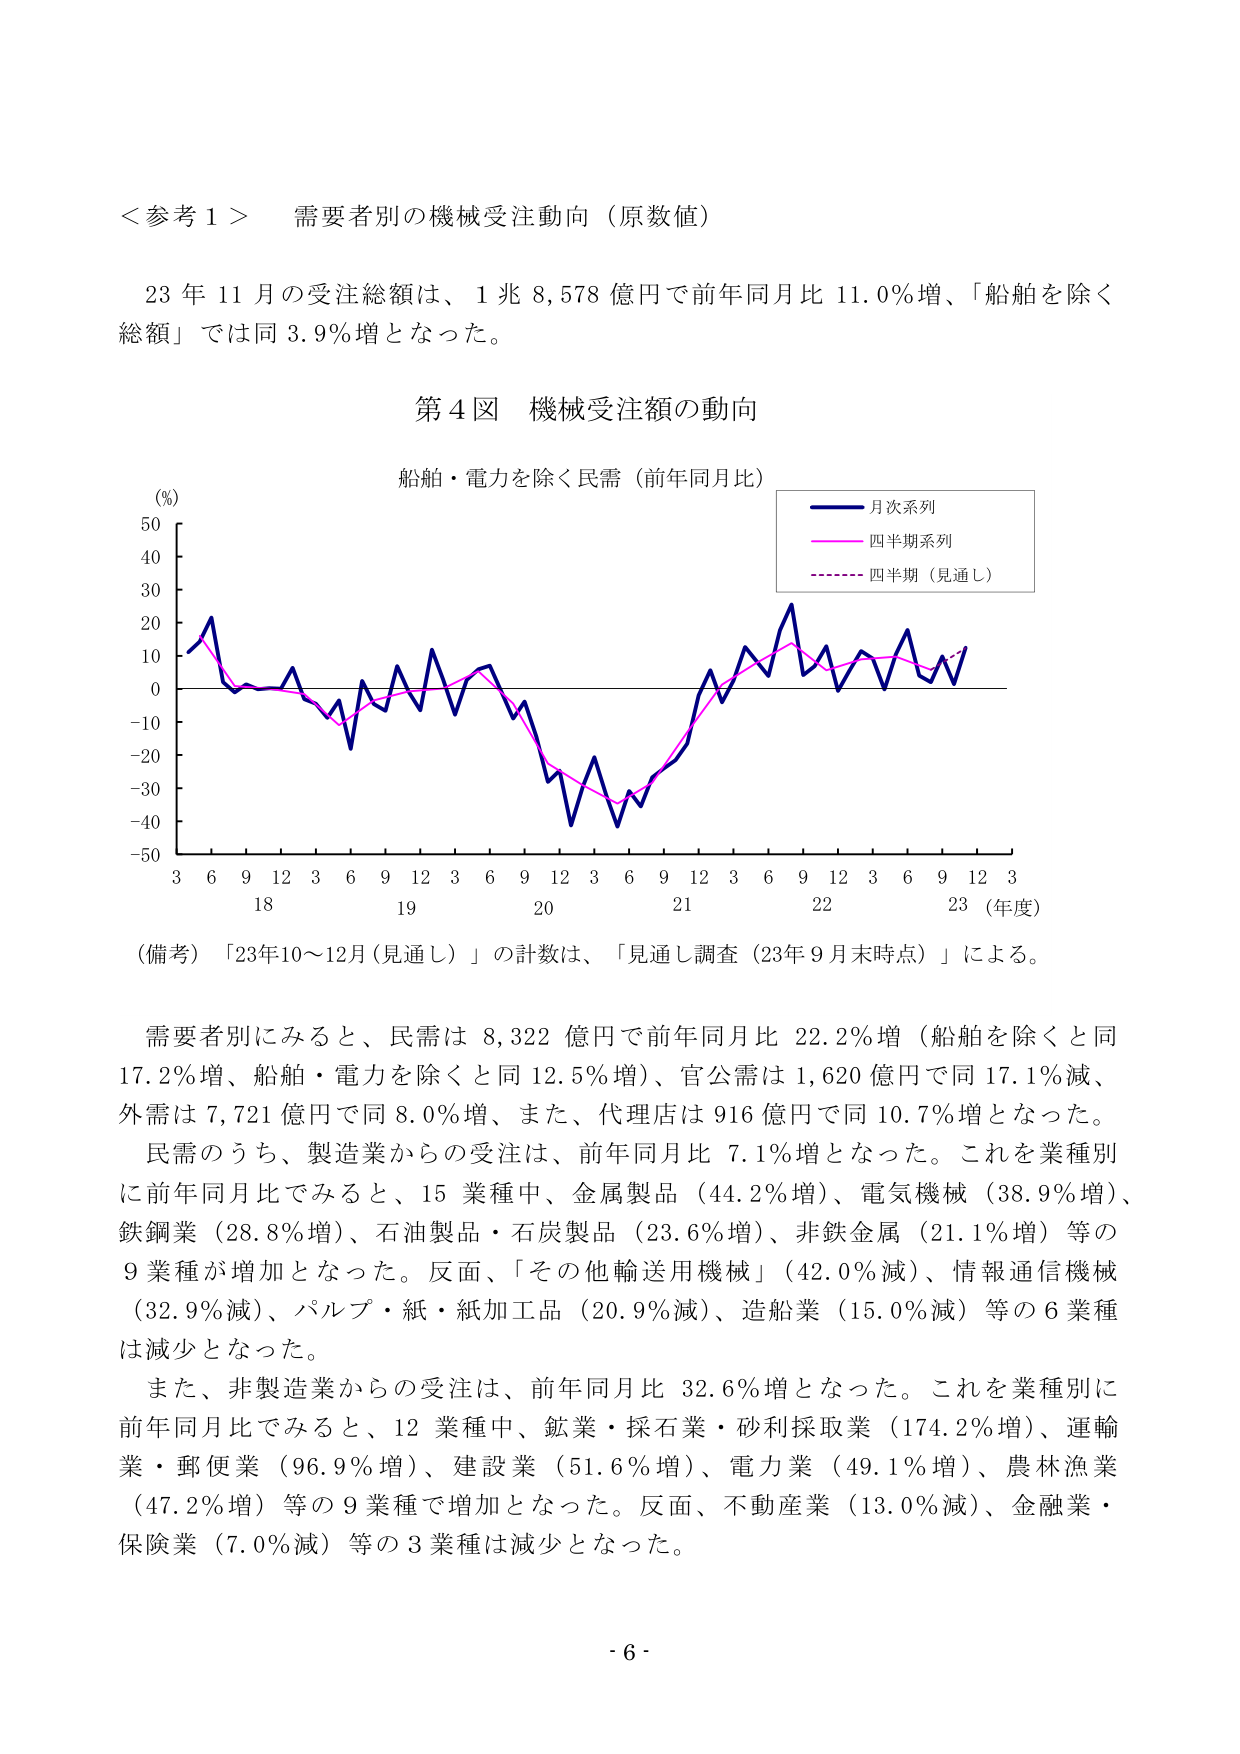
＜参考１＞　需要者別の機械受注動向（原数値）

23年11月の受注総額は、1兆8,578億円で前年同月比11.0％増、「船舶を除く総額」では同3.9％増となった。

第4図　機械受注額の動向

船舶・電力を除く民需（前年同月比）

（％）
50
40
30
20
10
0
-10
-20
-30
-40
-50

月次系列
四半期系列
四半期（見通し）

3 6 9 12 3 6 9 12 3 6 9 12 3 6 9 12 3 6 9 12 3
18 19 20 21 22 23（年度）

（備考）「23年10～12月（見通し）」の計数は、「見通し調査（23年9月末時点）」による。

需要者別にみると、民需は8,322億円で前年同月比22.2％増（船舶を除くと同17.2％増、船舶・電力を除くと同12.5％増）、官公需は1,620億円で同17.1％減、外需は7,721億円で同8.0％増、また、代理店は916億円で同10.7％増となった。

民需のうち、製造業からの受注は、前年同月比7.1％増となった。これを業種別に前年同月比でみると、15業種中、金属製品（44.2％増）、電気機械（38.9％増）、鉄鋼業（28.8％増）、石油製品・石炭製品（23.6％増）、非鉄金属（21.1％増）等の9業種が増加となった。反面、「その他輸送用機械」（42.0％減）、情報通信機械（32.9％減）、パルプ・紙・紙加工品（20.9％減）、造船業（15.0％減）等の6業種は減少となった。

また、非製造業からの受注は、前年同月比32.6％増となった。これを業種別に前年同月比でみると、12業種中、鉱業・採石業・砂利採取業（174.2％増）、運輸業・郵便業（96.9％増）、建設業（51.6％増）、電力業（49.1％増）、農林漁業（47.2％増）等の9業種で増加となった。反面、不動産業（13.0％減）、金融業・保険業（7.0％減）等の3業種は減少となった。

- 6 -